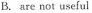
B. are not useful